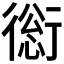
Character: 𧗺